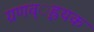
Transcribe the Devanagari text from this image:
ग्रणव््ह्रयक